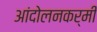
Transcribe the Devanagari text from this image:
आंदोलनकर्मी